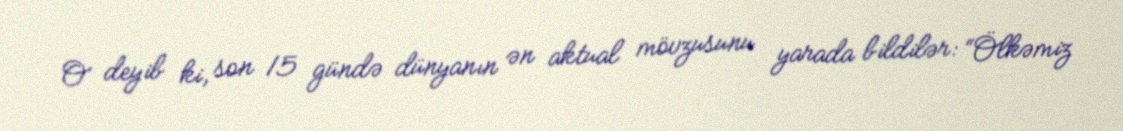
O deyib ki, son 15 gündə dünyanın ən aktual mövzusunu yarada bildilər: “Ölkəmiz